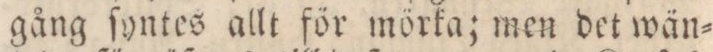
gång ſyntes allt för mörka; men det wän=